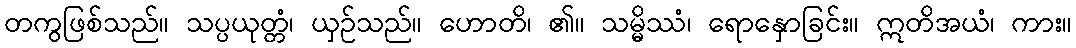
တကွဖြစ်သည်။ သပ္ပယုတ္တံ၊ ယှဉ်သည်။ ဟောတိ၊ ၏။ သမ္မိဿံ၊ ရောနှောခြင်း။ ဣတိအယံ၊ ကား။